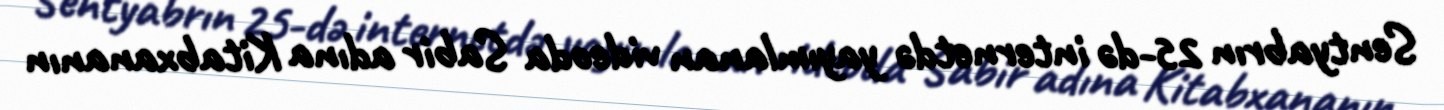
Sentyabrın 25-də internetdə yayımlanan videoda Sabir adına Kitabxananın